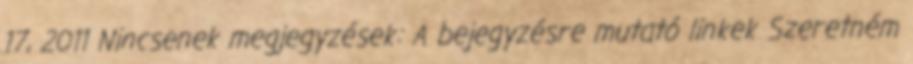
17, 2011 Nincsenek megjegyzések: A bejegyzésre mutató linkek Szeretném